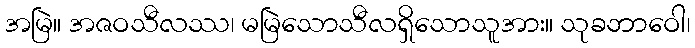
အမြဲ။ အဇဝသီလဿ၊ မမြဲသောသီလရှိသောသူအား။ သုခဘာဝေါ၊